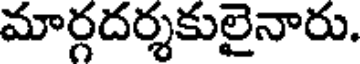
మార్గదర్శకులైనారు.